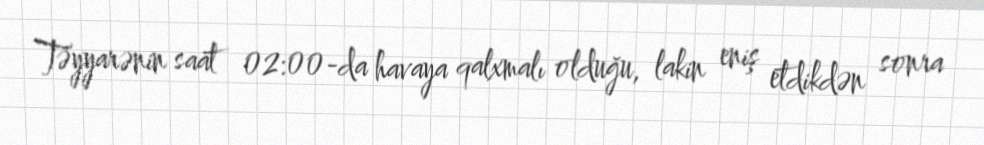
Təyyarənin saat 02:00-da havaya qalxmalı olduğu, lakin eniş etdikdən sonra